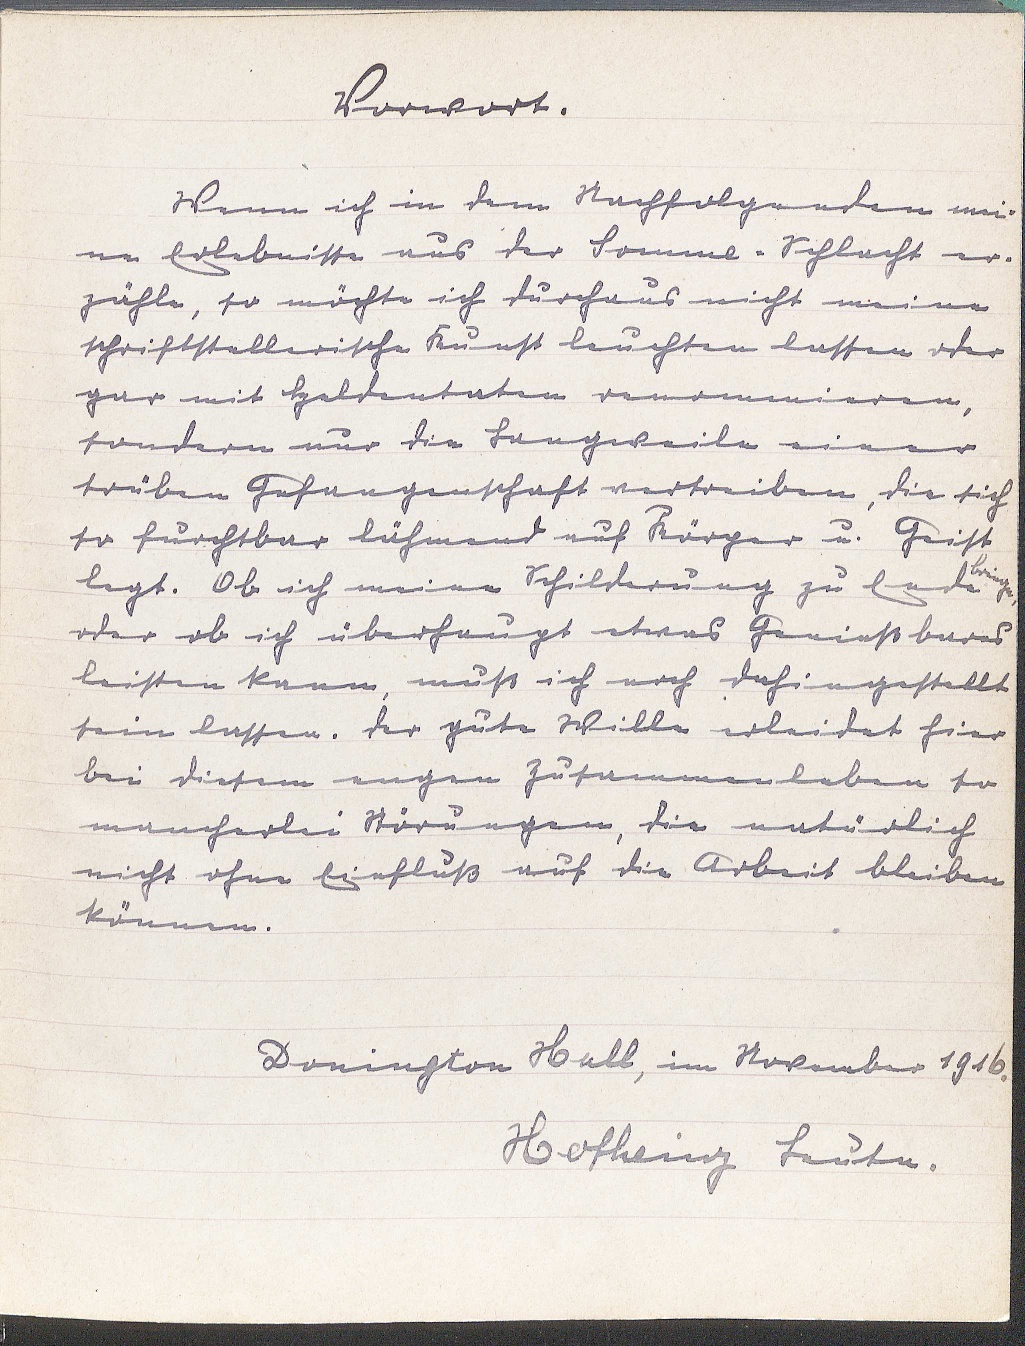
Vorwort.
Wenn ich in dem Nachfolgendem mei¬
ne Erlebnisse aus der Somme - Schlacht er¬
zähle, so möchte ich durchaus nicht meine
schriftstellerische Kunst leuchten lassen oder
gar mit Heldentaten renommieren,
sondern nur die Langweile einer
trüben Gefangenschaft vertreiben, die sich
so furchtbar lähmend auf Körper u. Geist
legt. Ob ich meine Schilderung zu Ende
bringe,
ober ob ich überhaupt etwas Genießbares
leisten kann, muß ich noch dahingestellt
sein lassen. Der gute Wille erleidet hier
bei diesem engen Zusammenleben so
mancherlei Störungen, die natürlich
nicht ohne Einfluß auf die Arbeit bleiben
können.
Donington Hall, im November 1916.
Hofheinz Leutn.